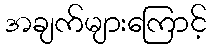
အချက်များကြောင့်